Indian journal of veterinary science and animal husbandry - Volumes 15-17, 1948-1951
Year: 1948
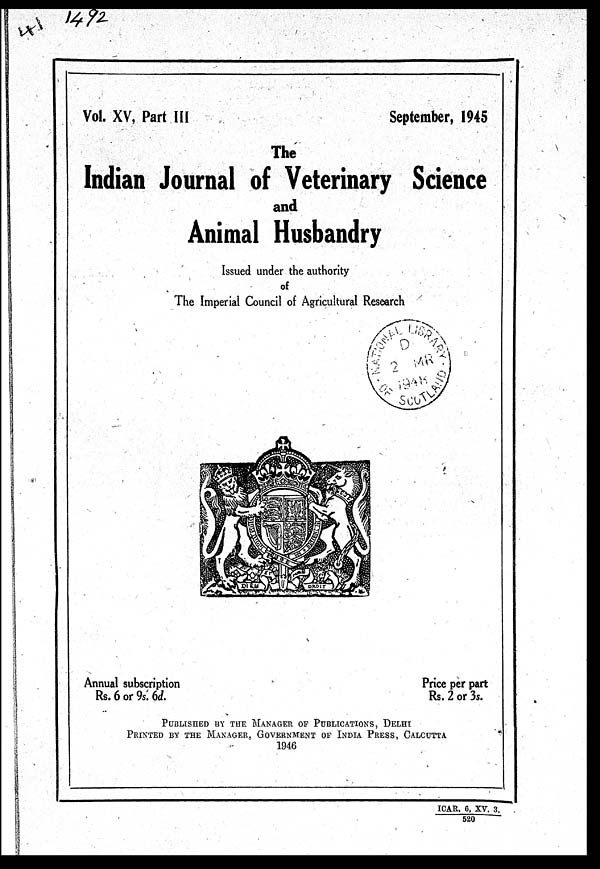
Vol. XV, Part III
September, 1945
The
Indian Journal of Veterinary Science
and
Animal Husbandry
Issued under the authority
of
The Imperial Council of Agricultural Research
Annual subscription
Rs. 6 or 9s. 6d.
Price per part
Rs. 2 or 3s.
PUBLISHED BY THE MANAGER OF PUBLICATIONS, DELHI
PRINTED BY THE MANAGER, GOVERNMENT OF INDIA PRESS, CAL
1946
ICAR. 6, XV. 3.
520